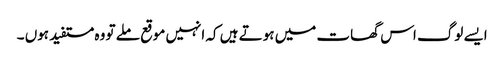
ایسے لوگ اس گھات میں ہوتے ہیں کہ انہیں موقع ملے تو وہ مستفید ہوں ۔